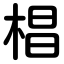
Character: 椙